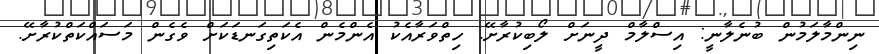
ނިންމާލަމުން ބުނެލާނީ: އިސްލާމް ދީނަށް ލޯބިކުރާށޭ. ހިތްވަރާއެކު އެންމެން އެކަތިގަނޑަކަށް ވެގެން މަސައްކަތްކުރާށޭ.